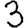
Digit: 3